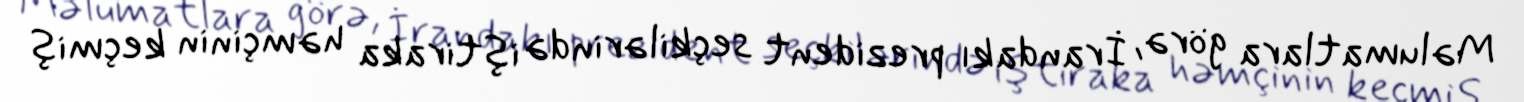
Məlumatlara görə, İrandakı prezident seçkilərində iştiraka həmçinin keçmiş